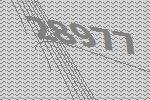
28977